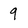
Character: 9